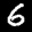
Label: 6